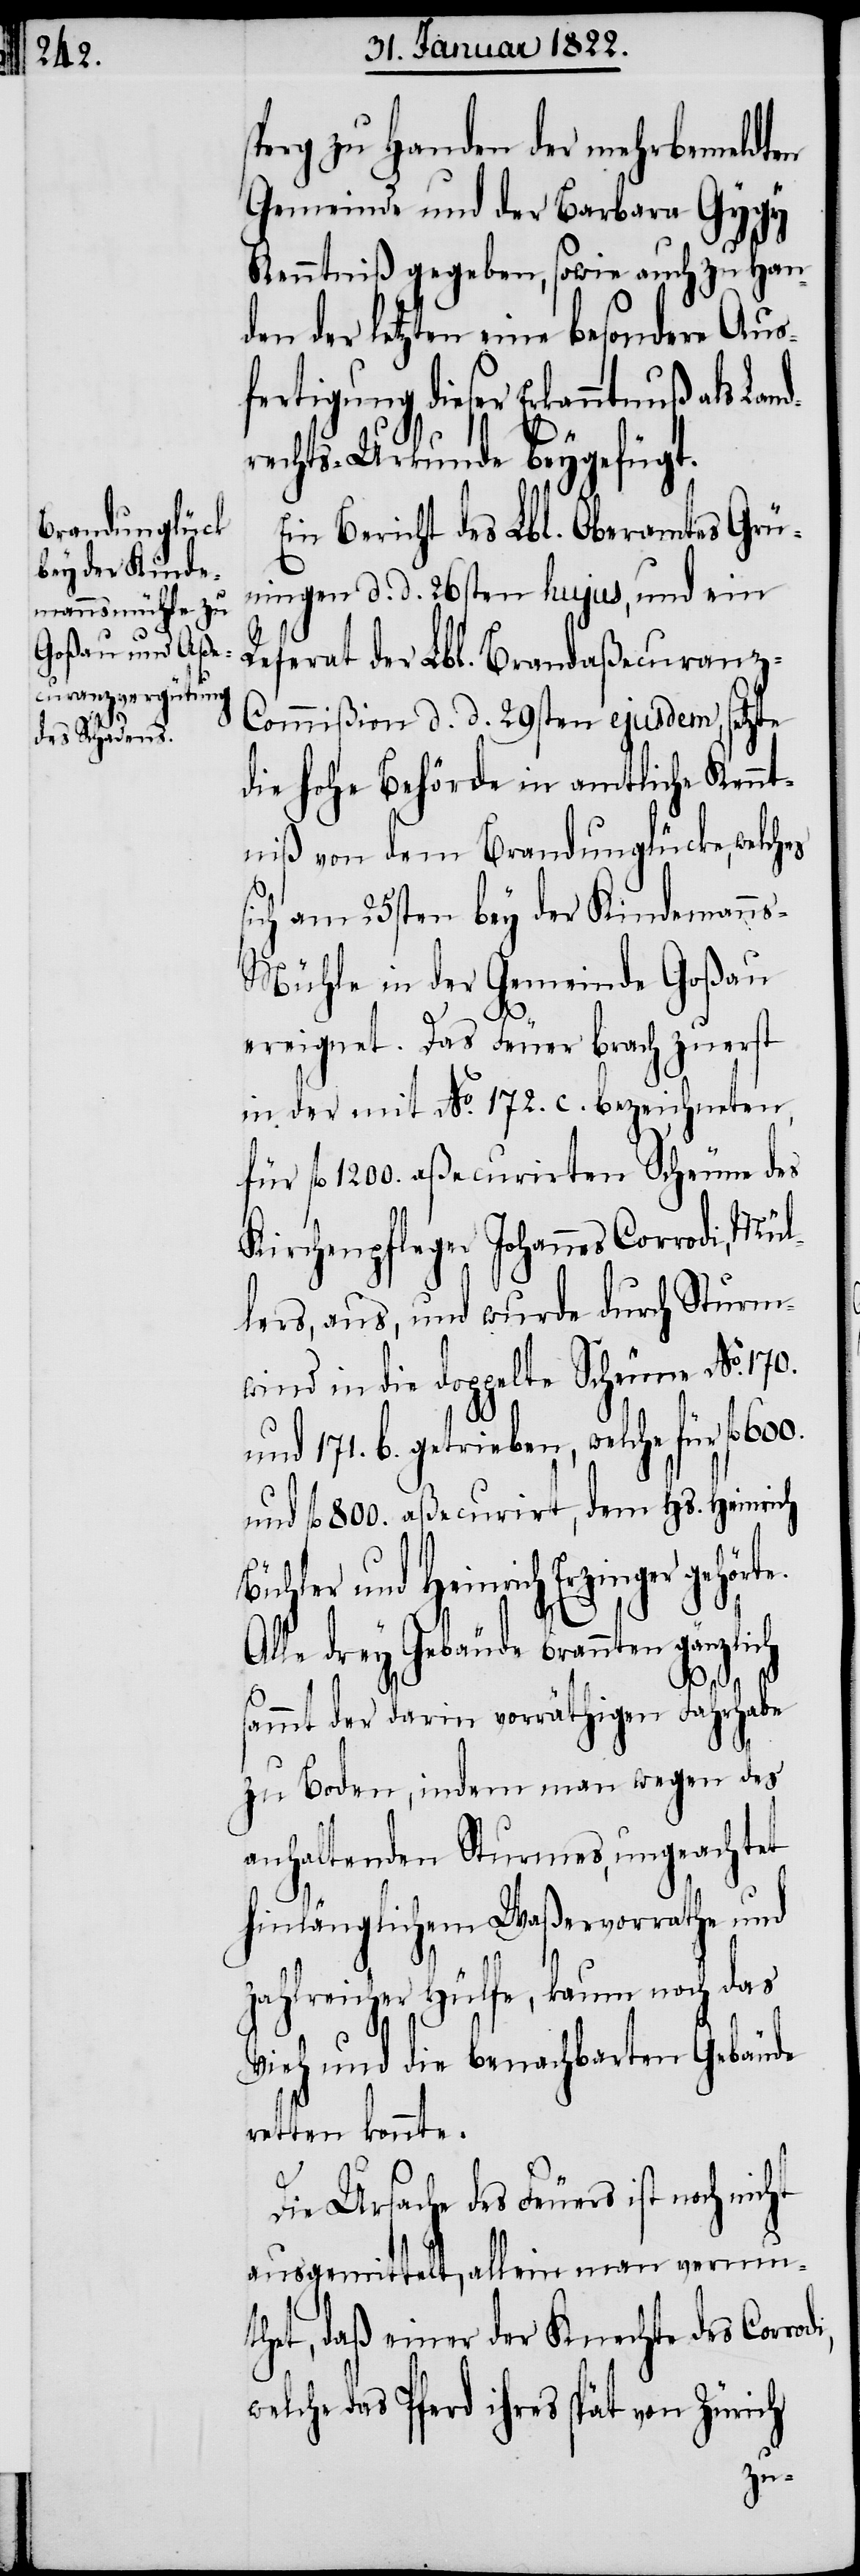
perg zu Handen der mehrbemeldten
Gemeinde und der Barbara Gygy
Kenntniß gegeben, sowie auch zu Han¬
den der letzten eine besondere Aus¬
fertigung dieser Erkenntniß als
rechts-Urkunde beygefügt.
Ein Bericht des Lbl. Oberamtes Grü¬
ningen d. d. 26sten hujus, und ein
Referat der Lbl. Brandaßecuranz-C¬
ommißion d. d. 29sten ejusdem, setzte
die hohe Behörde in amtliche Kennt¬
niß von dem Brandunglücke, welches
ich am 25sten bey der Kindemann¬
s-Mühle in der Gemeinde Goßau
ereignet. Das Feuer brach zuerst
in der mit No. 172. c. bezeichneten,
für fl. 1200. aßecurirten Scheune des
Kirchenpfleger Johannes Corrodi, Mül¬
lers, aus, und wurde durch Sturm¬
wind in die doppelte Scheune No. 170.
und 171. b. getrieben, welche für fl.
und fl. 800. aßecurirt, dem Hs. Heinrich
Bühler und Heinrich Herzinger
Alle drey Gebäude brannten gänzlich
di,
ammt der darin vorräthigen Fahrhabe
zu Boden, indem man wegen des
anhaltenden Sturmes, ungeachtet
hinlänglichem Waßervorrathe und
zahlreicher Hülfe, kaum noch das
Vieh und die benachbarten Gebäude
retten konnte.
Die Ursache des Feuers ist noch nicht
ausgemittelt, allein man vermu¬
thet, daß einer der Knechte des Corro¬
welche das Pferd ihres spät von Zürich